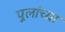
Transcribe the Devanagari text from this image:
पुलांच्या